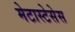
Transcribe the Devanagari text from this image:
मेटास्टेसेस